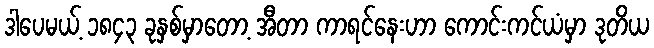
ဒါပေမယ့် ၁၈၄၃ ခုနှစ်မှာတော့ အီတာ ကာရင်နေးဟာ ကောင်းကင်ယံမှာ ဒုတိယ